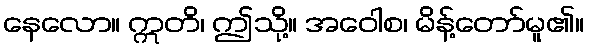
နေလော။ ဣတိ၊ ဤသို့။ အဝေါစ၊ မိန့်တော်မူ၏။